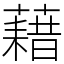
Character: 藉